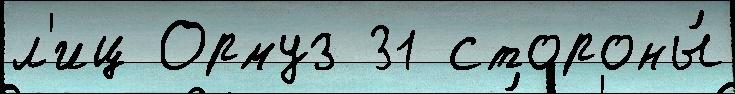
л'иц Ормуз 31 стороны́